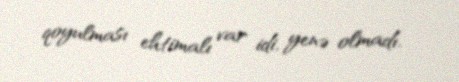
qoyulması ehtimalı var idi, yenə olmadı.